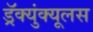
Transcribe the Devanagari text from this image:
ड्रॅक्युंक्यूलस